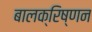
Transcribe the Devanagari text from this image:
बालक्रिष्णन